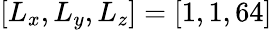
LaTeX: [L_{x},L_{y},L_{z}]=[1,1,64]